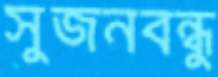
সুজনবন্ধু